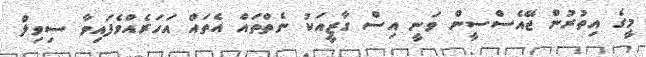
މީގެ އިތުރުން ޖޭއެސްސީން ވަނީ އިސް ގާޒީއަކު ނެތްތައް އެތައް އަހަރެއްވެފައިވާ ސިވިލް